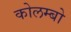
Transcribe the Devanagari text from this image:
कोलम्‍बो